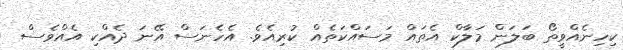
ކިހިނެއްވީތޯ ބަލަން މަލާކް އެތައް މަސައްކަތެއް ކުރިއެވެ. އެހެނަސް އޭނަ ދެއްކި އެއްވެސް